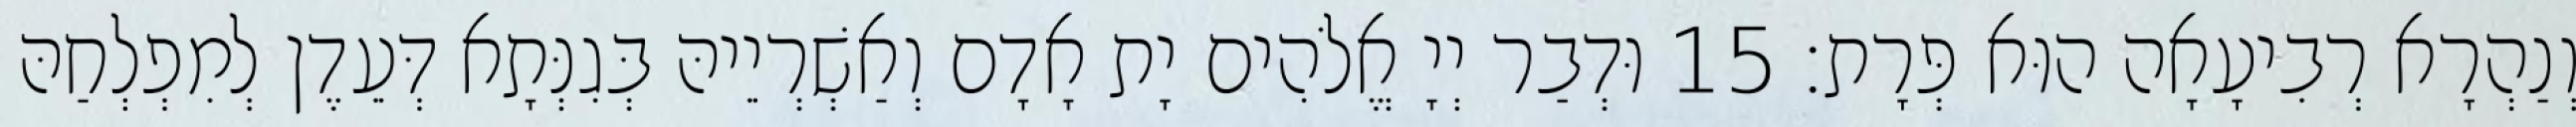
וְנַהְרָא רְבִיעָאָה הוּא פְּרָת׃ 15 וּדְבַר יְיָ אֱלֹהִים יָת אָדָם וְאַשְׁרְיֵיהּ בְּגִנְּתָא דְּעֵדֶן לְמִפְלְחַהּ